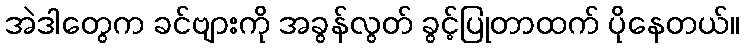
အဲဒါတွေက ခင်ဗျားကို အခွန်လွတ် ခွင့်ပြုတာထက် ပိုနေတယ်။